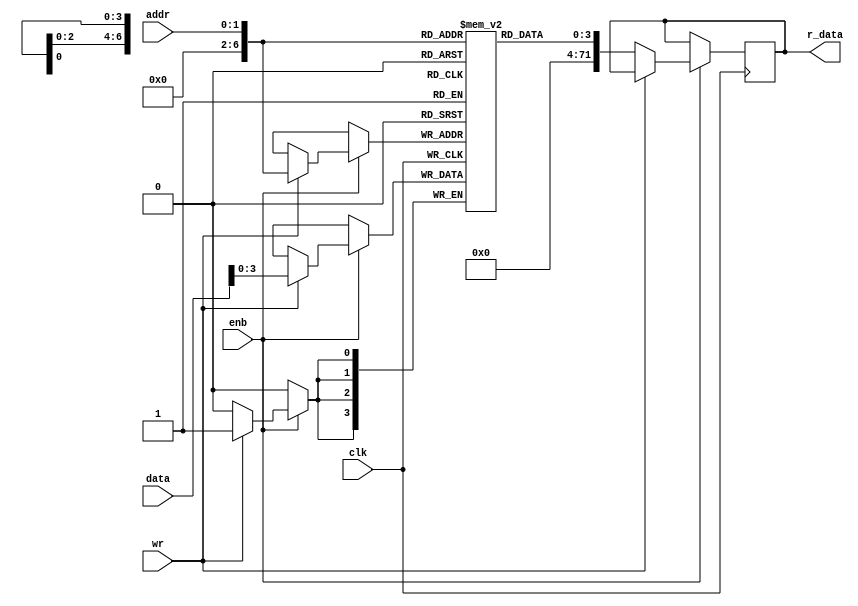
module dff_ram(
    input wire        clk,
    input wire [1:0]  addr,
    input wire [71:0] data,
    input wire        enb,
    input wire        wr,
    output reg [71:0] r_data   
); 
    reg [3:0] mem [71:0];

    always @ (posedge clk) begin
        if (enb) begin
            if (wr) begin
                mem [addr]<= data ;
            end
            else begin
                r_data <= mem[addr];
            end
        end
    end 
endmodule